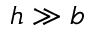
h \gg b